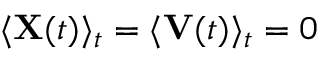
\langle \mathbf { X } ( t ) \rangle _ { t } = \langle \mathbf { V } ( t ) \rangle _ { t } = 0